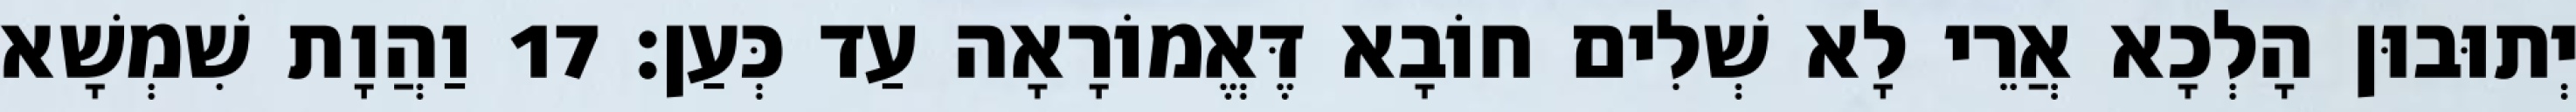
יְתוּבוּן הָלְכָא אֲרֵי לָא שְׁלִים חוֹבָא דֶּאֱמוֹרָאָה עַד כְּעַן׃ 17 וַהֲוָת שִׁמְשָׁא